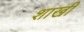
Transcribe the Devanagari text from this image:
शाखी